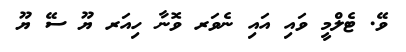
ވޭ. ޓެލްމީ ވައި އައި ނެވަރ ވޮނާ ހިއަރ ޔޫ ސޭ ޔޫ